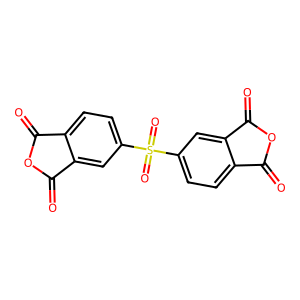
SMILES: O=C1OC(=O)c2cc(S(=O)(=O)c3ccc4c(c3)C(=O)OC4=O)ccc21
Inhibits HIV replication: No